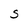
Character: S